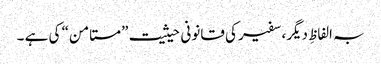
بہ الفاظِ دیگر، سفیر کی قانونی حیثیت ”مستامن“ کی ہے ۔